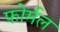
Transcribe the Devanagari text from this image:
फोर्मल